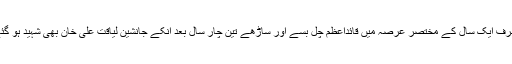
صرف ایک سال کے مختصر عرصہ میں قائداعظمؒ چل بسے اور ساڑھے تین چار سال بعد انکے جانشین لیاقت علی خان بھی شہید ہو گئے۔